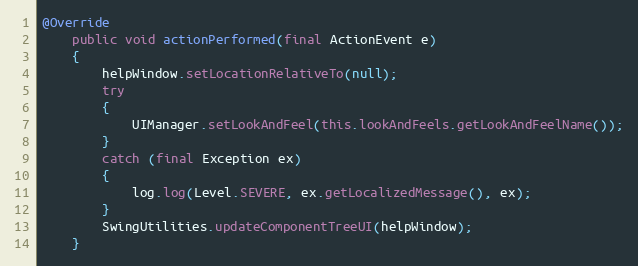
Language: Java
@Override
	public void actionPerformed(final ActionEvent e)
	{
		helpWindow.setLocationRelativeTo(null);
		try
		{
			UIManager.setLookAndFeel(this.lookAndFeels.getLookAndFeelName());
		}
		catch (final Exception ex)
		{
			log.log(Level.SEVERE, ex.getLocalizedMessage(), ex);
		}
		SwingUtilities.updateComponentTreeUI(helpWindow);
	}